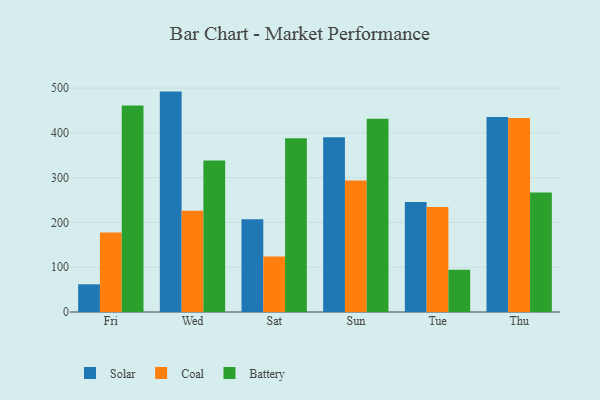
{"axis": {"x": "Day", "y": "Production Output"}, "legend": ["Battery", "Coal", "Solar"], "data": [{"x": "Fri", "y": 61.9, "type": "Solar"}, {"x": "Fri", "y": 177.3, "type": "Coal"}, {"x": "Fri", "y": 461.0, "type": "Battery"}, {"x": "Wed", "y": 492.2, "type": "Solar"}, {"x": "Wed", "y": 226.0, "type": "Coal"}, {"x": "Wed", "y": 338.3, "type": "Battery"}, {"x": "Sat", "y": 206.9, "type": "Solar"}, {"x": "Sat", "y": 124.0, "type": "Coal"}, {"x": "Sat", "y": 388.1, "type": "Battery"}, {"x": "Sun", "y": 390.2, "type": "Solar"}, {"x": "Sun", "y": 293.9, "type": "Coal"}, {"x": "Sun", "y": 431.5, "type": "Battery"}, {"x": "Tue", "y": 245.7, "type": "Solar"}, {"x": "Tue", "y": 234.4, "type": "Coal"}, {"x": "Tue", "y": 94.5, "type": "Battery"}, {"x": "Thu", "y": 435.3, "type": "Solar"}, {"x": "Thu", "y": 433.4, "type": "Coal"}, {"x": "Thu", "y": 267.0, "type": "Battery"}]}